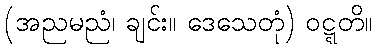
(အညမညံ၊ ချင်း။ ဒေသေတုံ) ဝဋ္ဋတိ။